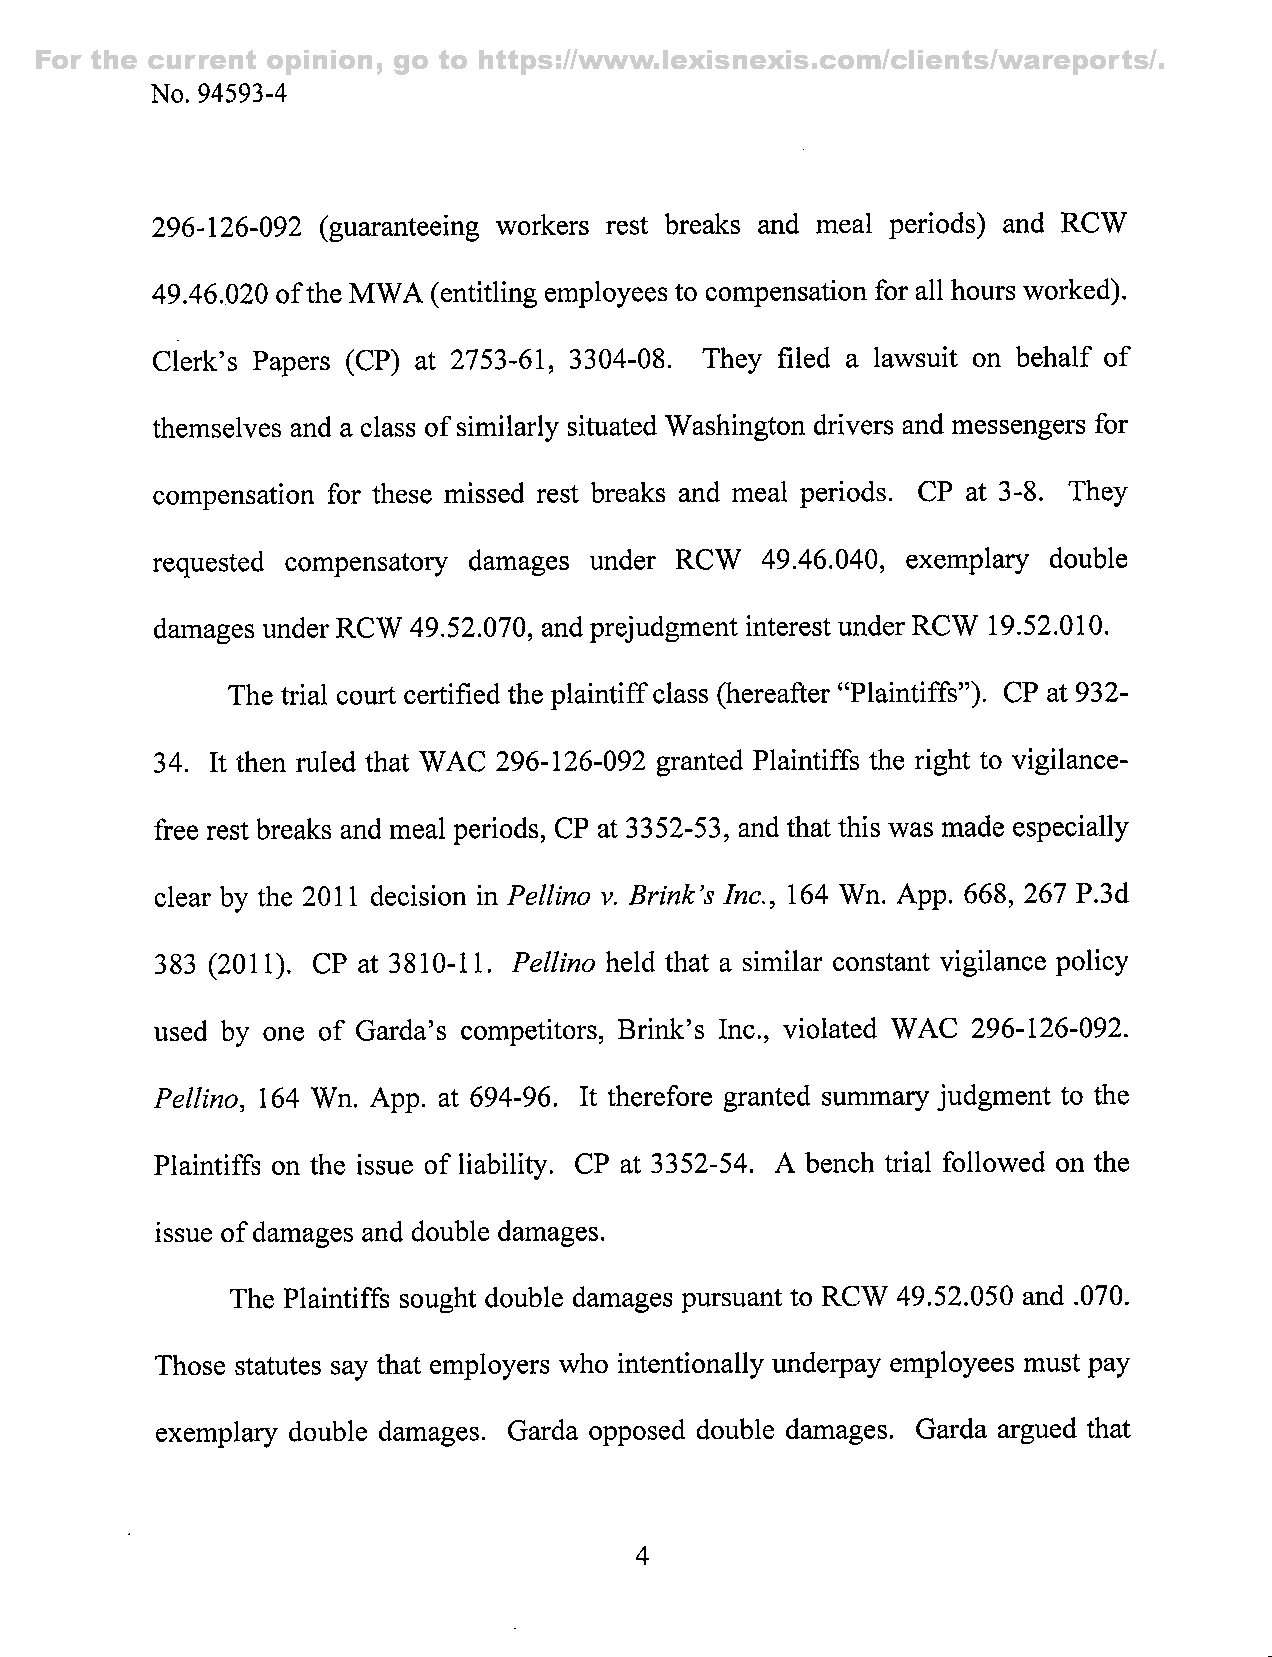
For the current opinion, go to https://www.lexisnexis.com/clients/wareports/.
 No. 94593-4
 296-126-092 (guaranteeing workers rest breaks and meal periods) and RCW
 49.46.020 of the MWA (entitling employees to compensation for all hours worked).
 Clerk's Papers (CP) at 2753-61, 3304-08. They filed a lawsuit on behalf of
 themselves and a class of similarly situated Washington drivers and messengers for
 compensation for these missed rest breaks and meal periods. CP at 3-8. They
 requested compensatory damages under RCW 49.46.040, exemplary double
 damages under RCW 49.52.070, and prejudgment interest under RCW 19.52.010.
 The trial court certified the plaintiff class (hereafter "Plaintiffs"). CP at 932-
 34. It then ruled that WAC 296-126-092 granted Plaintiffs the right to vigilance-
 free rest breaks and meal periods, CP at 3352-53, and that this was made especially
 clear by the 2011 decision in Pellino v. Brink's Inc., 164 Wn. App. 668, 267 P.3d
 383 (2011). CP at 3810-11. Pellino held that a similar constant vigilance policy
 used by one of Garda's competitors. Brink's Inc., violated WAC 296-126-092.
 Pellino, 164 Wn. App. at 694-96. It therefore granted summary judgment to the
 Plaintiffs on the issue of liability. CP at 3352-54. A bench trial followed on the
 issue of damages and double damages.
 The Plaintiffs sought double damages pursuant to RCW 49.52.050 and .070.
 Those statutes say that employers who intentionally underpay employees must pay
 exemplary double damages. Garda opposed double damages. Garda argued that